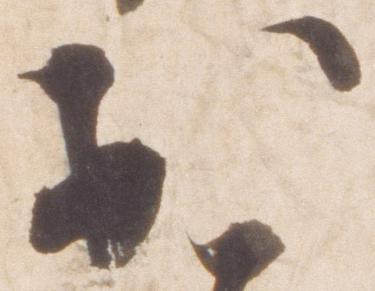
於